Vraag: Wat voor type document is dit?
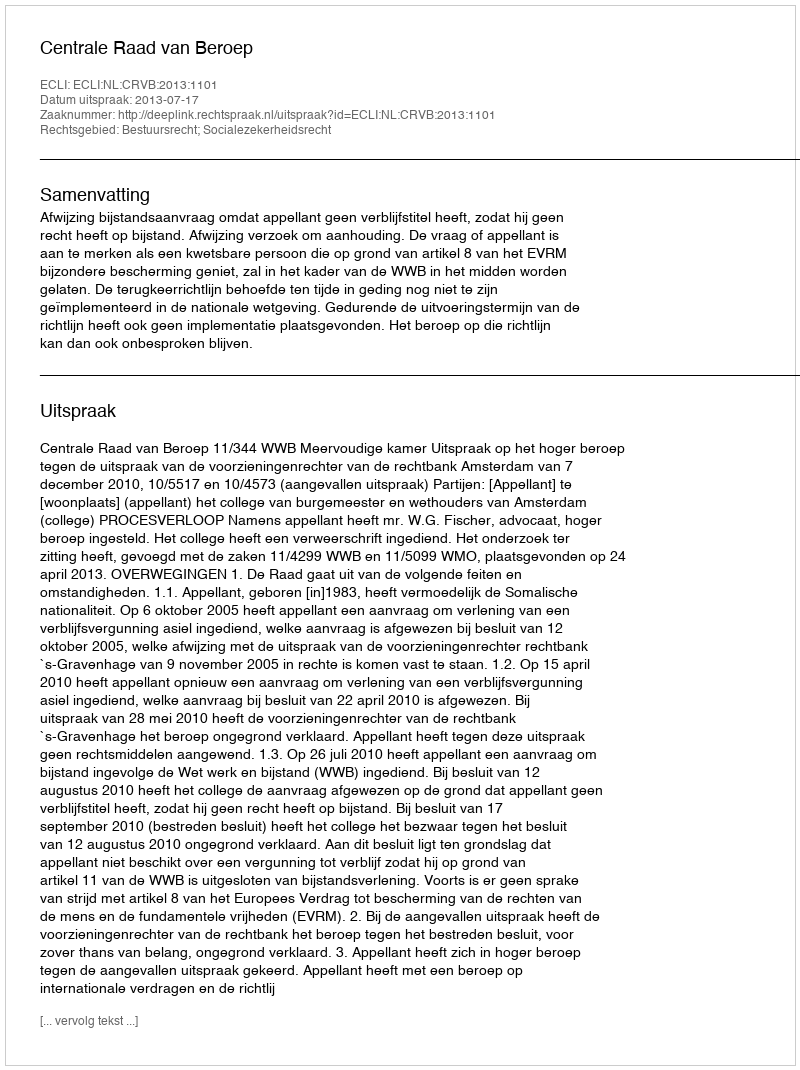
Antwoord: Uitspraak